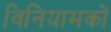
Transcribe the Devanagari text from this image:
विनियामकों